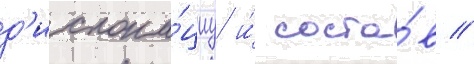
д'ислока́циу и́ соста́в //